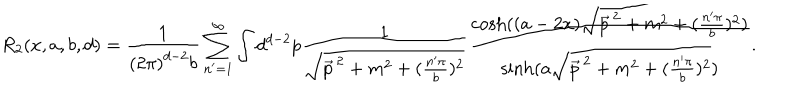
R _ { 2 } ( x , a , b , d ) = \frac { 1 } { \left( 2 \pi \right) ^ { d - 2 } b } \sum _ { n ^ { \prime } = 1 } ^ { \infty } \int d ^ { d - 2 } p \frac { 1 } { \sqrt { \vec { p } ^ { \, 2 } + m ^ { 2 } + ( \frac { n ^ { \prime } \pi } { b } ) ^ { 2 } } } \frac { \cosh ( ( a - 2 x ) \sqrt { \vec { p } ^ { \, 2 } + m ^ { 2 } + ( \frac { n ^ { \prime } \pi } { b } ) ^ { 2 } } ) } { \sinh ( a \sqrt { \vec { p } ^ { \, 2 } + m ^ { 2 } + ( \frac { n ^ { \prime } \pi } { b } ) ^ { 2 } } ) } .